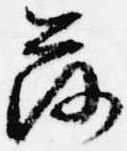
落